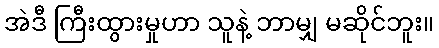
အဲဒီ ကြီးထွားမှုဟာ သူနဲ့ ဘာမျှ မဆိုင်ဘူး။